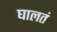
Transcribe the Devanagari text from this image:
घालतं